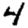
Digit: 4